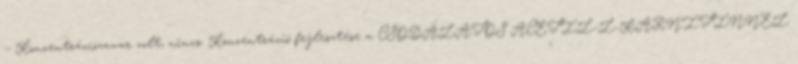
:- Koncentrációzavar volt, nincs. Koncentráció fejlesztése a CSODÁLATOS ACETIL-L-KARNITINNEL